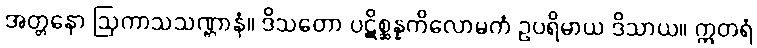
အတ္တနော ဩကာသသဏ္ဌာနံ။ ဒိသတော ပဋိစ္ဆန္နကိလောမကံ ဥပရိမာယ ဒိသာယ။ ဣတရံ